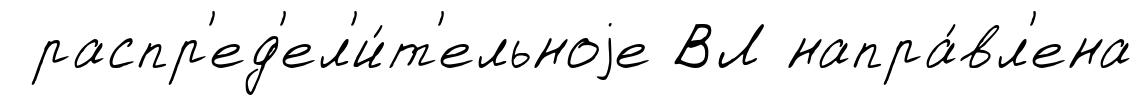
распр'ед'ел'и́т'ельноjе ВЛ напра́вл'ена